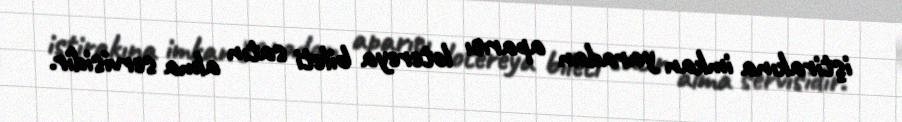
iştirakına imkan yaradan aparıcı lotereya bileti satın alma servisidir.